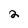
Character: 2